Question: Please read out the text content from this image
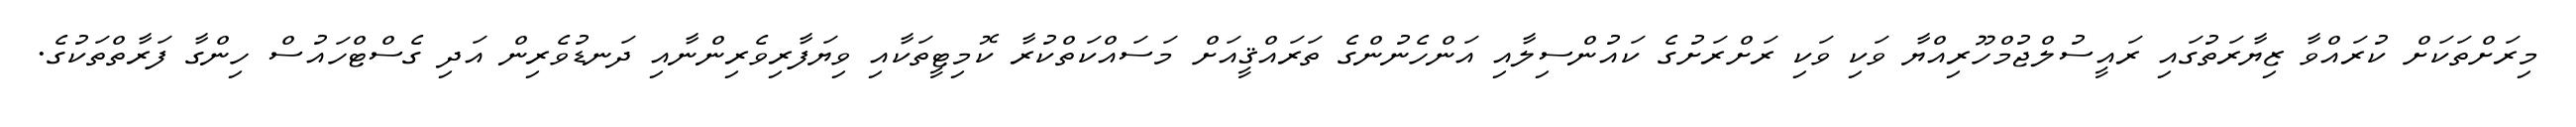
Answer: މިރަށްތަކަށް ކުރައްވާ ޒިޔާރަތުގައި ރައީސުލްޖުމްހޫރިއްޔާ ވަކި ވަކި ރަށްރަށުގެ ކައުންސިލާއި އަންހެނުންގެ ތަރައްޤީއަށް މަސައްކަތްކުރާ ކޮމިޓީތަކާއި ވިޔަފާރިވެރިންނާއި ދަނޑުވެރިން އަދި ގެސްޓްހައުސް ހިންގާ ފަރާތްތަކުގެ.